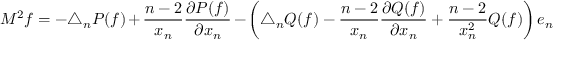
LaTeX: M ^ { 2 } f = - \triangle _ { n } P ( f ) + { \frac { n - 2 } { x _ { n } } } { \frac { \partial P ( f ) } { \partial x _ { n } } } - \left( \triangle _ { n } Q ( f ) - { \frac { n - 2 } { x _ { n } } } { \frac { \partial Q ( f ) } { \partial x _ { n } } } + { \frac { n - 2 } { x _ { n } ^ { 2 } } } Q ( f ) \right) e _ { n }